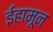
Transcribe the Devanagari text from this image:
ईहामून